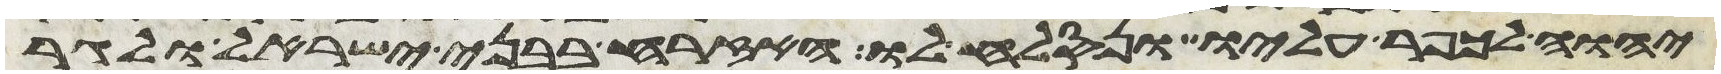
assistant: יהוה לכפר עליו ונסלח לו האזרח בבני ישראל ולגר